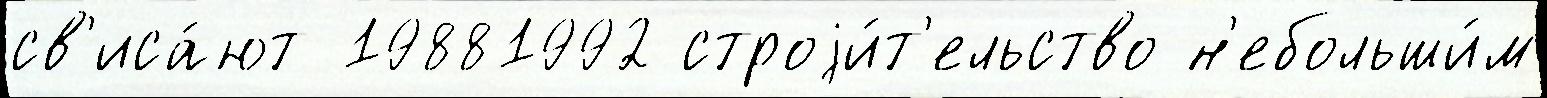
св'иса́ют 19881992 строjи́т'ельство н'ебольши́м